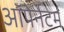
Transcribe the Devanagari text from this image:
ऑपेर्नटर्म